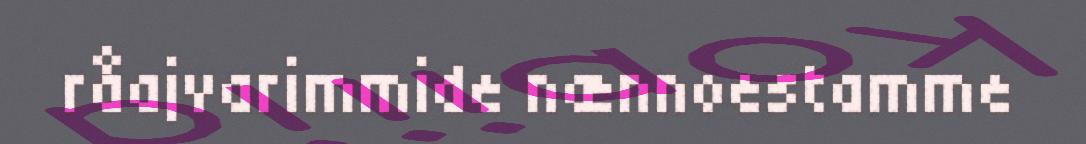
råajvarimmide nænnoestamme